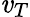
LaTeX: \mathit{v}_{T}